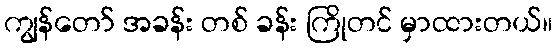
ကျွန်တော် အခန်း တစ် ခန်း ကြိုတင် မှာထားတယ်။